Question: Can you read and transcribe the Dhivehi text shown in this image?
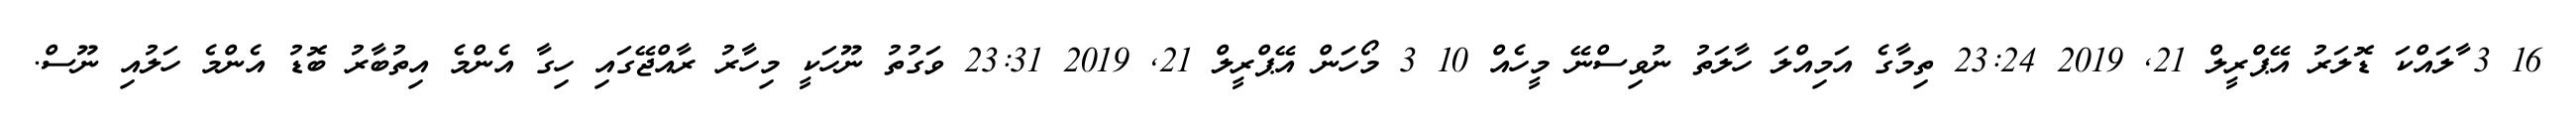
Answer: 16 3 ާލައްކަ ޑޮލަރު އޭޕްރީލް 21, 2019 23:24 ތިމާގެ އަމިއްލަ ހާލަތު ނުވިސްނޭ މީހެއް 10 3 މޯހަން އޭޕްރީލް 21, 2019 23:31 ވަގުތު ނޫހަކީ މިހާރު ރާއްޖޭގައި ހިގާ އެންމެ އިތުބާރު ބޮޑު އެންމެ ހަލުއި ނޫސް.